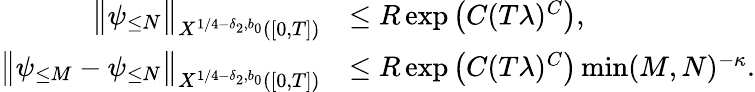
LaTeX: \begin{array}{rl}{\big\| \psi_{\leq N}\big\| _{X^{1/4-\delta_{2},b_{0}}([0,T])}}&{\leq R\exp\big(C(T\lambda)^{C}\big),}\\ {\big\| \psi_{\leq M}-\psi_{\leq N}\big\| _{X^{1/4-\delta_{2},b_{0}}([0,T])}}&{\leq R\exp\big(C(T\lambda)^{C}\big)\operatorname*{min}(M,N)^{-\kappa}.}\end{array}